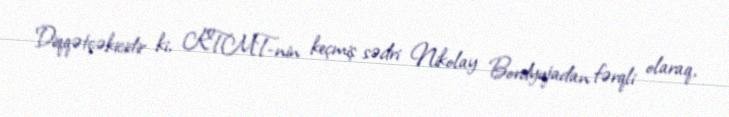
Diqqətçəkicidir ki, KTMT-nin keçmiş sədri Nikolay Bordyujadan fərqli olaraq,